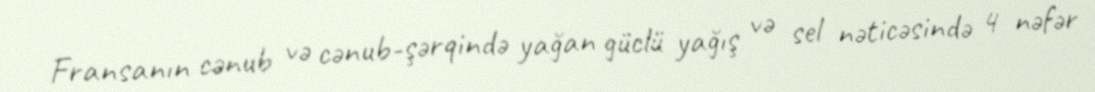
Fransanın cənub və cənub-şərqində yağan güclü yağış və sel nəticəsində 4 nəfər